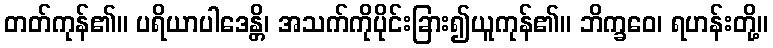
တတ်ကုန်၏။ ပရိယာပါဒေန္တိ၊ အသက်ကိုပိုင်းခြား၍ယူကုန်၏။ ဘိက္ခဝေ၊ ရဟန်းတို့။